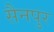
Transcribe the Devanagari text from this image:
सैनपुर